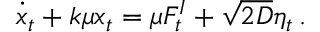
\dot { x } _ { t } + k \mu x _ { t } = \mu F _ { t } ^ { I } + \sqrt { 2 D } \eta _ { t } \, .